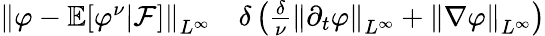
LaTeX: \begin{array}{rl}{\left\lVert\varphi-\mathbb E[\varphi^{\nu}|\mathcal F]\right\rVert_{L^{\infty}}}&{{}\le\delta\left(\frac\delta\nu\left\lVert\partial_{t}\varphi\right\rVert_{L^{\infty}}+\left\lVert\nabla\varphi\right\rVert_{L^{\infty}}\right)}\end{array}